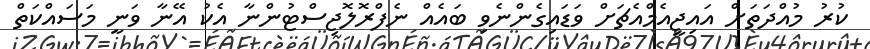
ކުރު މުއްދަތަށް އައިޖީއެމްއެޗަށް ވަޑައިގެންނެވި ބައެއް ނެފްރޮލޮޖިސްޓުންނާ އެކު އޭނާ ވަނީ މަސައްކަތް